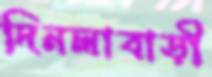
দিনলাবাড়ী